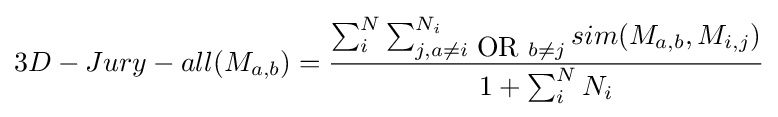
3D-Jury-all(M_{a,b})={\frac {\sum _{i}^{N}\sum _{j,a\neq i{\mbox{ OR }}b\neq j}^{N_{i}}sim(M_{a,b},M_{i,j})}{1+\sum _{i}^{N}N_{i}}}